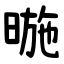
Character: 暆